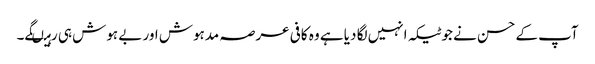
آپ کے حسن نے جو ٹیکہ انہیں لگا دیا ہے وہ کافی عرصہ مدہوش اور بے ہوش ہی رہیںگے۔